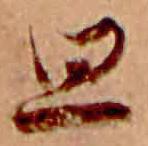
思